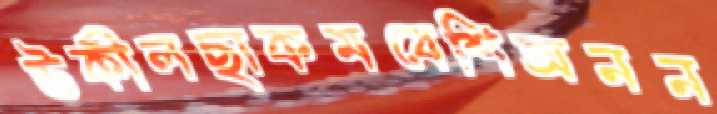
উকীলছাকমবেশিঅনন